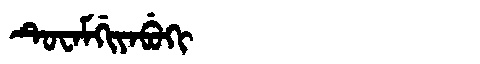
Manchu: ᡨᡠᠸᠠᠮᡤᡳᠶᠠᠪᡠᡴᡳ
Romanization: TUWAMGIYABUKI